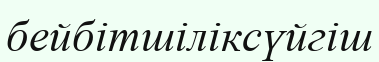
бейбітшіліксүйгіш